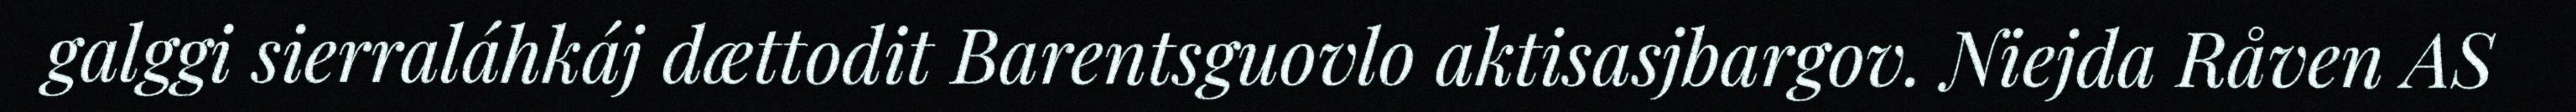
galggi sierraláhkáj dættodit Barentsguovlo aktisasjbargov. Niejda Råven AS